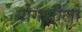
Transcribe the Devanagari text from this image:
योगशीलों